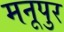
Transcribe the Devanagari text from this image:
मनूपुर